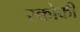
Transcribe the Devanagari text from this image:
स्कोकी